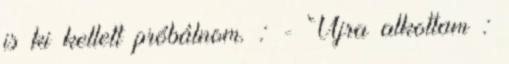
is ki kellett próbálnom. : - Újra alkottam :